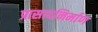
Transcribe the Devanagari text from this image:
प्रासादनिर्माण